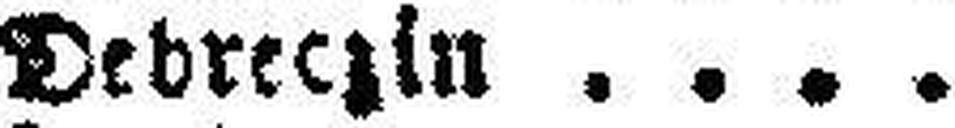
Debreczin